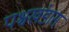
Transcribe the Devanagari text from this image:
पश्चखंडास